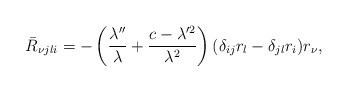
LaTeX: \begin{align*}\bar{R}_{\nu jli}=-\left(\frac{\lambda''}{\lambda}+\frac{c-\lambda'^{2}}{\lambda^{2}}\right)(\delta_{ij}r_{l}-\delta_{jl}r_{i})r_{\nu},\end{align*}